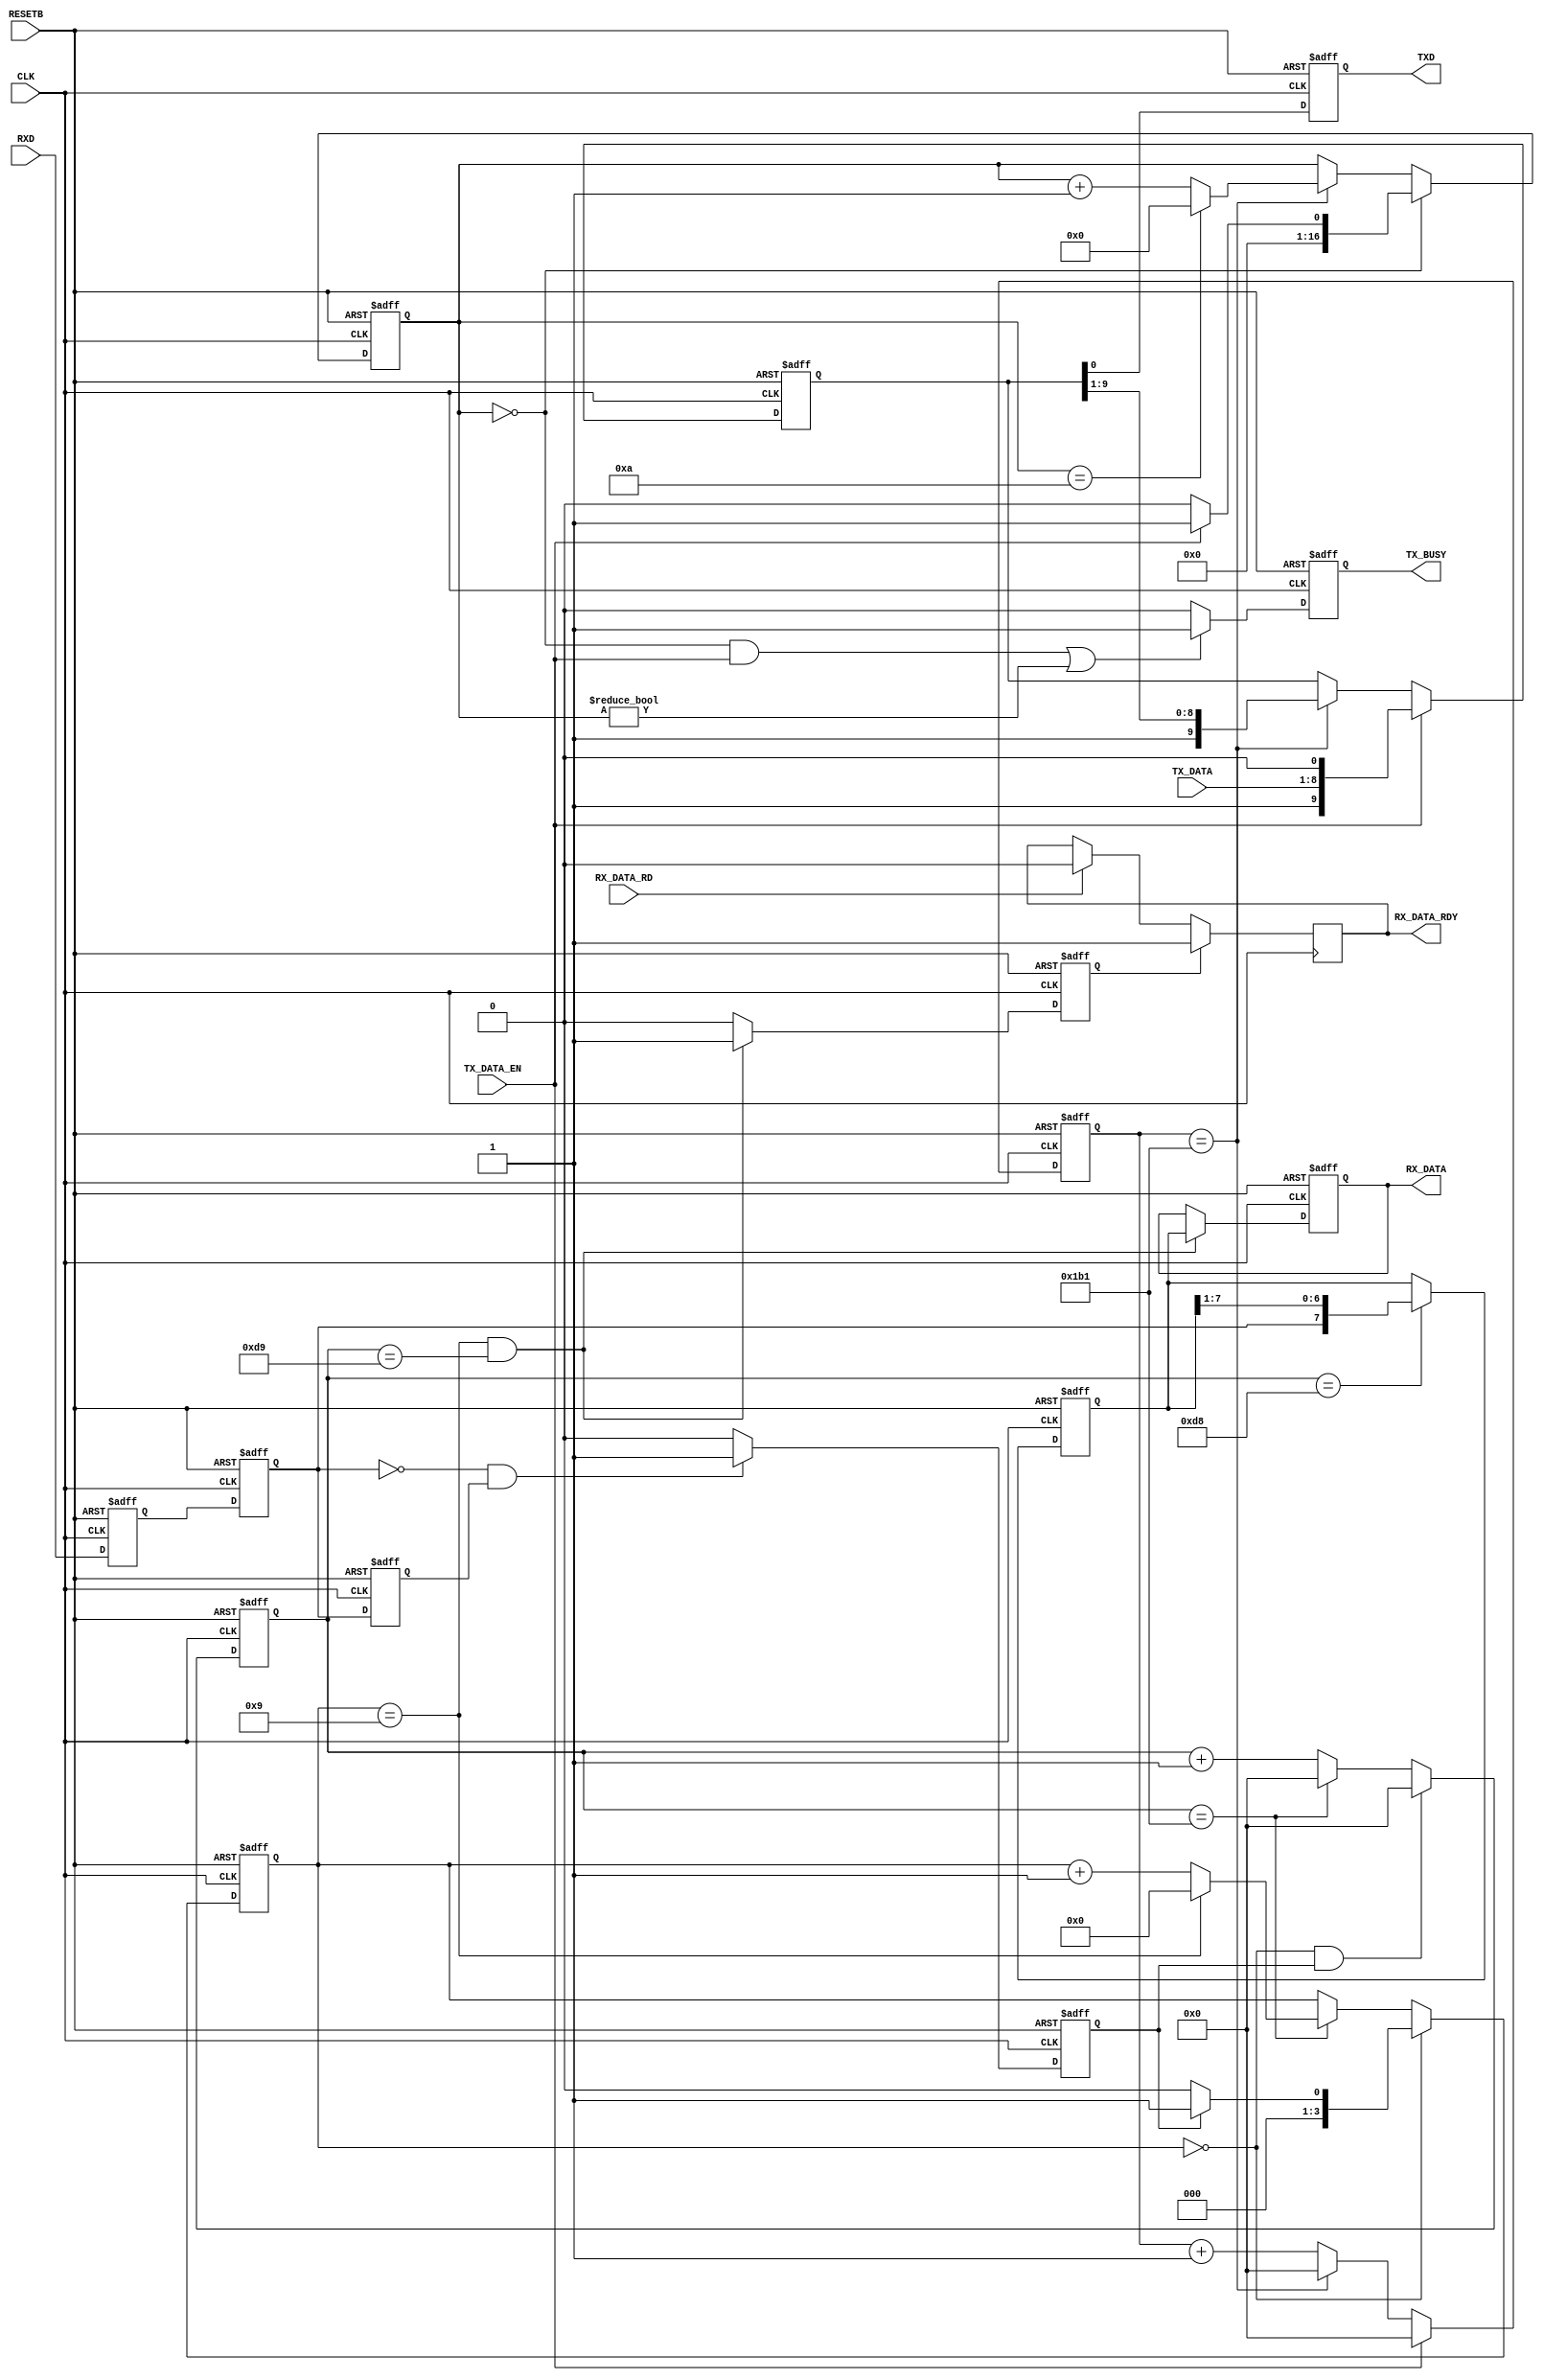
// 
// 
// http://www.hmwr-lsi.co.jp   
// fpga@hmwr-lsi.co.jp
// History
// -.-- 2010/8/27
// -.-- 2015/4/16 JIS->SJIS
// -.-- 2018/7/02  
//******************************************************************************
module rs232c(
RESETB, CLK, TXD, RXD, TX_DATA, TX_DATA_EN, TX_BUSY, RX_DATA, RX_DATA_RD, RX_DATA_RDY);
//            PIN NAME         description        
input         RESETB;         // power on reset    
input         CLK;          // main clk          
//                                      
output        TXD;            //serial tx data    
input         RXD;            //serial rx data
input    [7:0]TX_DATA;        //tx data 8bit
input         TX_DATA_EN;         //tx commond
output        TX_BUSY;        //tx busy
output   [7:0]RX_DATA;        //rx data 8bit
input         RX_DATA_RD;     //rx data read
output        RX_DATA_RDY;     //rx data ready
//
        
//parameter       p_bit_end_count    =12'd866; // 115.2Kbps clk=100.0MHz
parameter       p_bit_end_count    =12'd433; // 115.2Kbps clk=50.0MHz
//parameter       p_bit_end_count    =12'd346; // 115.2Kbps clk=40.0MHz
  
reg        TXD;         //serial tx data   
reg        TX_BUSY;        //tx busy
reg   [7:0]RX_DATA;        //rx data 8bit
reg        RX_DATA_EN;     //rx data enable 
reg        RX_BUSY;        //Rx busy
//
   reg  [11:0]   tx_time_cnt;  //1bit clks counter
   reg  [11:0]   rx_time_cnt;  //1bit clks counter
//
   reg           rxd_d1, rxd_d2, rxd_d3, rxd_chg;
   reg [3:0]     rx_data_cnt;
   reg [16:0]    tx_data_cnt;
   reg [9:0]     txd_tmp;
   reg [7:0]     rx_data_tmp;
   
//
//  
//
//1bit   
always @(posedge CLK or negedge RESETB) begin
  if (RESETB==1'b0) tx_time_cnt <= 12'd0;
  else
    if (TX_DATA_EN==1'b1)                     tx_time_cnt <= 12'd0;
    else if (tx_time_cnt == p_bit_end_count ) tx_time_cnt <= 12'd0;
    else                                      tx_time_cnt <=  tx_time_cnt +12'd1;
end   
//
//      
//  bit
always @(posedge CLK or negedge RESETB) begin
  if (RESETB==1'b0) tx_data_cnt <= 17'd0 ;
  else
    if(tx_data_cnt == 17'd0) 
      if (TX_DATA_EN==1'b1)         tx_data_cnt <= 17'd1 ;
      else                          tx_data_cnt <= 17'd0 ;
    else if (tx_time_cnt == p_bit_end_count )
      if (tx_data_cnt == (17'd10) ) tx_data_cnt <= 17'd0 ;
      else                          tx_data_cnt <=   tx_data_cnt + 17'd1;
    else                            tx_data_cnt <=   tx_data_cnt ;
end     
//
// 
// 
always @(posedge CLK or negedge RESETB) begin
  if (RESETB==1'b0) txd_tmp <= 10'h3ff;
  else
    if (TX_DATA_EN==1'b1)                     txd_tmp <= {1'b1,TX_DATA,1'b0};       
    else if (tx_time_cnt == p_bit_end_count ) txd_tmp <= {1'b1,txd_tmp[9:1]} ; 
    else                                      txd_tmp <= txd_tmp ;
end          

//
// 
//     
always @(posedge CLK or negedge RESETB) begin
  if (RESETB==1'b0) TXD <= 1'b1 ;
  else              TXD <= txd_tmp[0];
end

//
// 
//    
always @(posedge CLK or negedge RESETB) begin
  if (RESETB==1'b0) TX_BUSY <= 1'b0 ;
  else
    if (((tx_data_cnt == 4'd0)&&(TX_DATA_EN==1'b1))||(tx_data_cnt != 4'd0)) TX_BUSY <= 1'b1 ;
    else                                                                    TX_BUSY <= 1'b0 ;
end

//    
//
//
//1bit   
always @(posedge CLK or negedge RESETB) begin
  if (RESETB==1'b0) rx_time_cnt <= 12'd0;
  else
    if ((rx_data_cnt == 4'd0)&&(rxd_chg==1'b1)) rx_time_cnt <= 12'd0;
    else if (rx_time_cnt == p_bit_end_count )   rx_time_cnt <= 12'd0;
    else                                        rx_time_cnt <= rx_time_cnt +12'd1;
end         
      
//  bit
always @(posedge CLK or negedge RESETB) begin
  if (RESETB==1'b0) rx_data_cnt <= 4'd0 ;
  else
    if (rx_data_cnt == 4'd0)
      if (rxd_chg==1'b1) rx_data_cnt <= 4'd1 ;
      else               rx_data_cnt <= 4'd0 ;
    else if (rx_time_cnt == p_bit_end_count )
      if (rx_data_cnt == (4'd9)) rx_data_cnt <= 4'd0 ;
      else                       rx_data_cnt <= rx_data_cnt + 4'd1;
    else
       rx_data_cnt <=   rx_data_cnt ;
end     

//
always @(posedge CLK or negedge RESETB) begin
  if (RESETB==1'b0) begin rxd_d1 <= 1'b1 ; rxd_d2 <= 1'b1 ; rxd_d3 <= 1'b1 ; rxd_chg <= 1'b0 ; end
  else begin
      rxd_d1 <= RXD ; rxd_d2 <= rxd_d1 ; rxd_d3 <= rxd_d2 ;
      if ((rxd_d2==1'b0)&&(rxd_d3==1'b1)) rxd_chg <=1'b1 ;
      else                                rxd_chg <= 1'b0;
    end
end

//   
always @(posedge CLK or negedge RESETB) begin
  if (RESETB==1'b0) rx_data_tmp <= 8'd0 ;
  else
    if (rx_time_cnt == {1'b0,p_bit_end_count [11:1]})
      rx_data_tmp <= {rxd_d2,rx_data_tmp[7:1]};
    else
      rx_data_tmp <= rx_data_tmp;
end

//     
always @(posedge CLK or negedge RESETB) begin
  if (RESETB==1'b0) begin RX_DATA <= 8'd0 ; RX_DATA_EN <= 1'b0; end
  else
    if ((rx_data_cnt == 17'd9)&&(rx_time_cnt == {1'b0,p_bit_end_count [11:1]}+12'd1))
      begin RX_DATA <= rx_data_tmp ; RX_DATA_EN <= 1'b1 ; end
    else
      begin RX_DATA <= RX_DATA ; RX_DATA_EN <= 1'b0 ; end
end

// 
reg RX_DATA_RDY=0;
always @(posedge CLK) begin
    if(RX_DATA_EN) RX_DATA_RDY <= 1;
    else 
	   if(RX_DATA_RD==1) RX_DATA_RDY <= 0; 
  end

// 
always @(posedge CLK or negedge RESETB) begin
  if (RESETB==1'b0) RX_BUSY <= 1'b0 ;
  else
    if (rx_data_cnt != 4'd0) RX_BUSY <= 1'b1 ;
    else                     RX_BUSY <= 1'b0 ;
end
       
endmodule